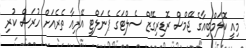
މިއީ ކޮލަމްބިއާގެ ޖޭމްސް ރޮޑިރިގޭޒް ސެލްޓަގެ ޕެނަލްޓީ އޭރިއާ ތެރެއަށް ހުރަސް ކުރި